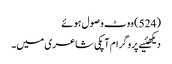
(524) ووٹ وصول ہوئے
دیکھئیے پروگرام آپکی شاعری میں۔